Civil Veterinary Dept. Bombay admin report 1914-1922 - 1914-1922
Year: 1914
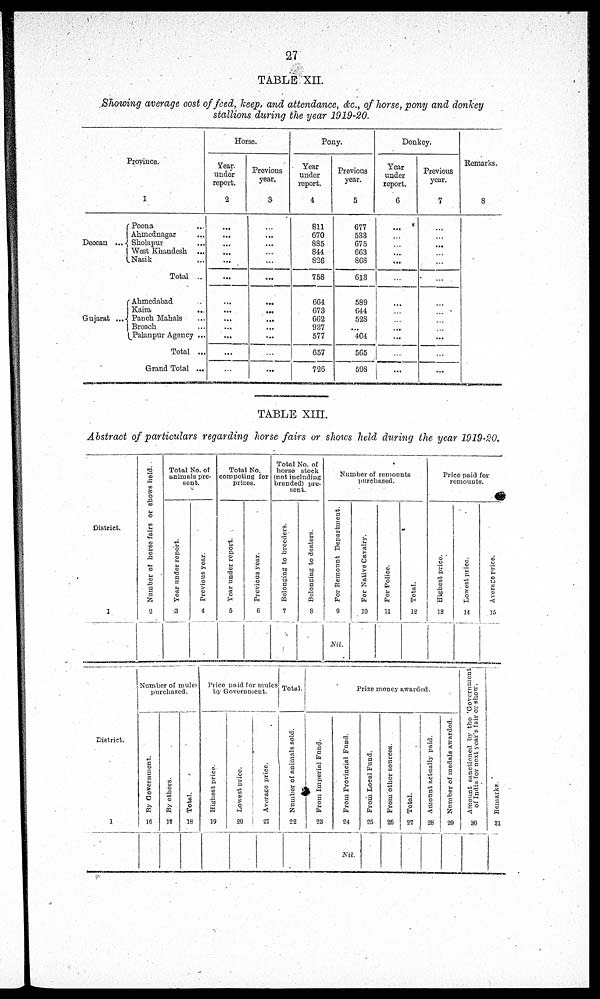
27
TABLE XII.
Showing average cost of feed, keep, and attendance, &c., of horse, pony and donkey
stallions during the year 1919-20.
Province.
1
Deccan ...
Poona ...
Ahmednagar ...
Sholapur ...
West Khandesh
...
Nasik ...
Total ...
Gujarat ...
Ahmedabad ...
Kaira ...
Panch Mahals ...
Broach ...
Palanpur Agency ...
Total ...
Grand Total ...
Horse.
Year
under
report.
2
...
...
...
...
...
...
...
...
...
...
...
...
...
Previous
year.
3
...
...
...
...
...
...
...
...
...
...
...
...
...
Pony.
Year
under
report.
4
811
670
885
844
826
758
664
673
662
937
577
657
726
Previous
year.
5
677
533
675
663
868
613
589
644
528
...
404
565
598
Donkey.
Year
under
report.
6
...
...
...
...
...
...
...
...
...
...
...
...
...
Previous
year.
7
...
...
...
...
...
...
...
...
...
...
...
...
...
Remarks.
8
TABLE XIII.
Abstract of particulars regarding horse fairs or shows held during the year 1919-20.
District.
1
Number of horse fairs or shows held.
2
Total No. of
animals pre-
sent.
Year under report.
3
Previous year.
4
Total No.
competing for
prizes.
Year under report.
5
Previous year.
6
Total No. of
horse stock
(not including
branded) pre-
sent.
Belonging to breeders.
7
Belonging to dealers.
8
Number of remounts
purchased.
For Remount Department.
9
Nil.
For Native Cavalry.
10
For Police.
11
Total.
12
Price paid for
remounts.
Highest price.
13
Lowest price.
14
Average price.
15
District.
1
Number of mules
purchased.
By Government.
16
By others.
17
Total.
18
Price paid for mules
by Government.
Highest price.
19
Lowest price.
20
Average price.
21
Total
Nu mb e r of animals sold.
22
Prize money awarded.
Fr om I mper i al Fund.
23
From Provincial Fund.
24
Nil.
From
Local Fund
25
From other sources.
26
Total.
27
Amount actually paid.
28
Nu mb e r of medals awarded.
29
Amount sanctioned by the Government
of India for next year's fair OF show.
30
Remarks.
31